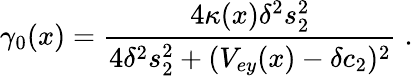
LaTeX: \gamma_{0}(x)=\frac{4\kappa(x)\delta^{2}s_{2}^{2}}{4\delta^{2}s_{2}^{2}+(V_{ey}(x)-\delta c_{2})^{2}}\; .